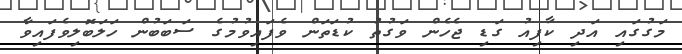
މަގުގައި އަދި ކާފިއު ގަޑި ޖެހެން ވަގުތު ކުޑަތަން ވެފައިވުމުގެ ސަބަބުން ހަލަބޮލިވެފައިވާ